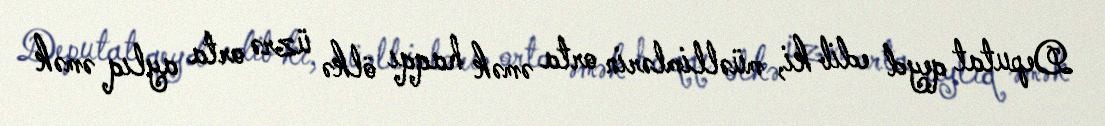
Deputat qeyd edib ki, müəllimlərin orta əmək haqqı ölkə üzrə orta aylıq əmək